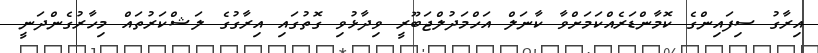
އިރާގު ސިފައިންގެ ކޮމާންޑަރެއްކަމަށްވާ ކާނަލް އަހްމަދުލްޖަބޫރީ ވިދާޅުވި ގޮތުގައި އިރާގުގެ ލަޝްކަރުތައް މިހާރުގެންދަނީ